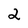
Character: 2